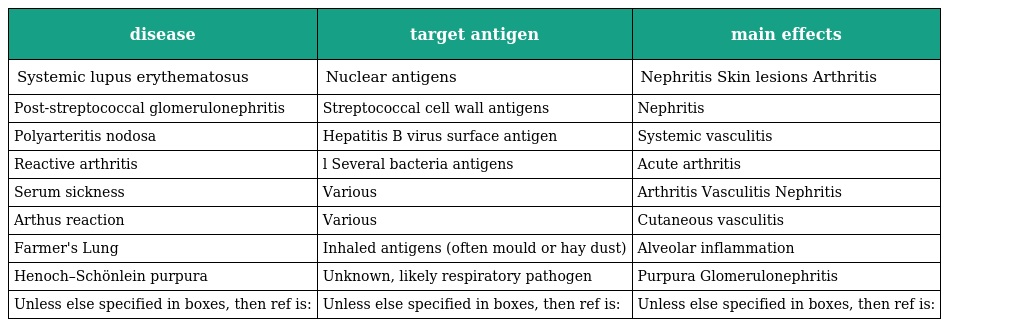
| disease | target antigen | main effects |
 | --- | --- | --- |
 | Systemic lupus erythematosus | Nuclear antigens | Nephritis Skin lesions Arthritis |
 | Post-streptococcal glomerulonephritis | Streptococcal cell wall antigens | Nephritis |
 | Polyarteritis nodosa | Hepatitis B virus surface antigen | Systemic vasculitis |
 | Reactive arthritis | l Several bacteria antigens | Acute arthritis |
 | Serum sickness | Various | Arthritis Vasculitis Nephritis |
 | Arthus reaction | Various | Cutaneous vasculitis |
 | Farmer's Lung | Inhaled antigens (often mould or hay dust) | Alveolar inflammation |
 | Henoch–Schönlein purpura | Unknown, likely respiratory pathogen | Purpura Glomerulonephritis |
 | Unless else specified in boxes, then ref is: | Unless else specified in boxes, then ref is: | Unless else specified in boxes, then ref is: |